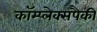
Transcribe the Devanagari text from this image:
कॉम्प्लेक्सपैकी